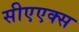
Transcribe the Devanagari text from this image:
सीएएक्स